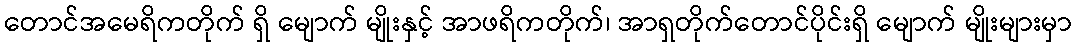
တောင်အမေရိကတိုက် ရှိ မျောက် မျိုးနှင့် အာဖရိကတိုက်၊ အာရှတိုက်တောင်ပိုင်းရှိ မျောက် မျိုးများမှာ